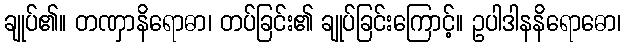
ချုပ်၏။ တဏှာနိရောဓာ၊ တပ်ခြင်း၏ ချုပ်ခြင်းကြောင့်။ ဥပါဒါနနိရောဓော၊